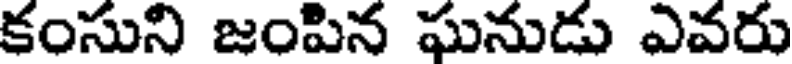
కంసుని జంపిన ఘనుడు ఎవరు